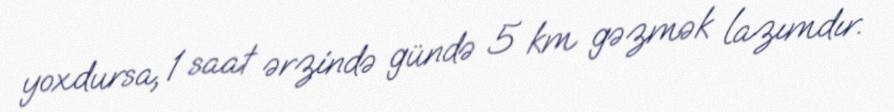
yoxdursa, 1 saat ərzində gündə 5 km gəzmək lazımdır.